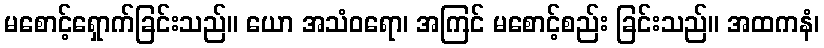
မစောင့်ရှောက်ခြင်းသည်။ ယော အသံဝရော၊ အကြင် မစောင့်စည်း ခြင်းသည်။ အထကနံ၊